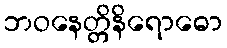
ဘဝနေတ္တိနိရောဓော